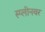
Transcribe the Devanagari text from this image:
स्प्लीनवर